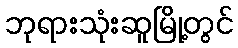
ဘုရားသုံးဆူမြို့တွင်